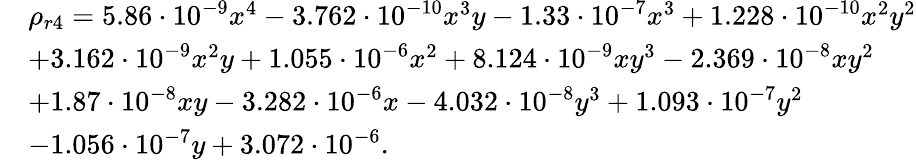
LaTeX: \begin{array}{rl}&{\rho_{r4}=5.86\cdot 10^{-9}x^{4}-3.762\cdot 10^{-10}x^{3}y-1.33\cdot 10^{-7}x^{3}+1.228\cdot 10^{-10}x^{2}y^{2}}\\ &{+3.162\cdot 10^{-9}x^{2}y+1.055\cdot 10^{-6}x^{2}+8.124\cdot 10^{-9}xy^{3}-2.369\cdot 10^{-8}xy^{2}}\\ &{+1.87\cdot 10^{-8}xy-3.282\cdot 10^{-6}x-4.032\cdot 10^{-8}y^{3}+1.093\cdot 10^{-7}y^{2}}\\ &{-1.056\cdot 10^{-7}y+3.072\cdot 10^{-6}.}\end{array}